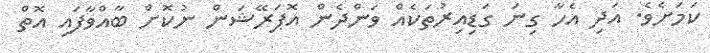
ކަމަށެވެ. އަދި އެހާ ގިނަ ގަޑިއިރުތަކެއް ވަންދެން އޮޕަރޭޝަން ނުކޮށް ބާއްވާފައި އޮތް